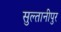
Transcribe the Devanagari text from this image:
सुल्तानीपुर